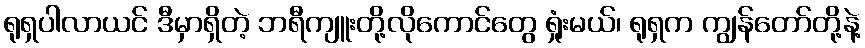
ရုရှပါလာယင် ဒီမှာရှိတဲ့ ဘရီကျူးတို့လိုကောင်တွေ ရှုံးမယ်၊ ရုရှက ကျွန်တော်တို့နဲ့